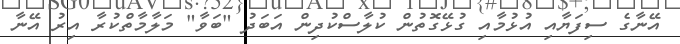
އޭނާގެ ސިފަޔާއި އުޅުމާއި ގުޅޭގޮތުން ކުލާސްކުދިން އަބަދު "ބަވާ" މަލާމާތްކުރާ އިރު އޭނާ